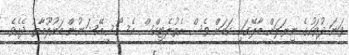
ވަނަ ދުވަހުގެ ނިޔަލަށް މާލޭގައި ކަމަށް ވެސް އެތުލެޓިކްސް އެސޯސިއޭޝަނުން މައުލޫމާތު ދެއެވެ.